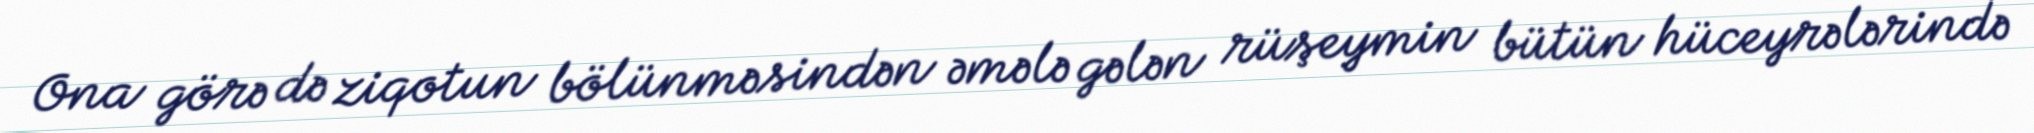
Ona görə də ziqotun bölünməsindən əmələ gələn rüşeymin bütün hüceyrələrində